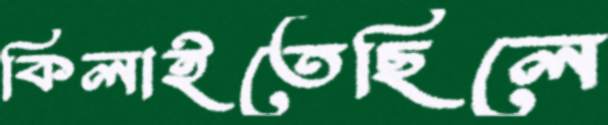
কিলাইতেছিলে